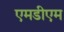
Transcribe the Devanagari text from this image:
एमडीएम